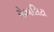
રોઝાલિટા